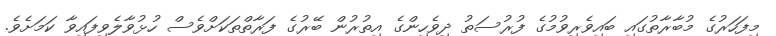
މިފަހަރުގެ މުބާރާތުގައި ބައިވެރިވުމުގެ ފުރުސަތު ދިވެހިންގެ އިތުރުން ބޭރުގެ ފަރާތްތަކަށްވެސް ހުޅުވާލެވިފައިވާ ކަމަށެވެ.